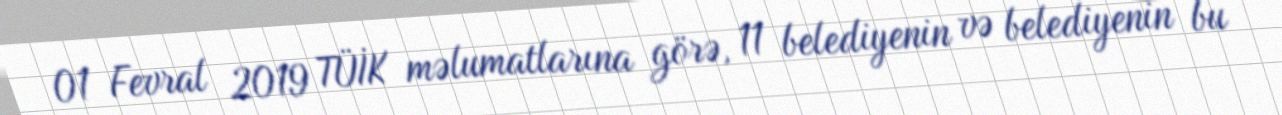
01 Fevral 2019 TÜİK məlumatlarına görə, 11 belediyenin və belediyenin bu